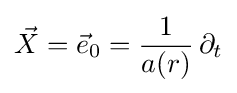
{\vec {X}}={\vec {e}}_{0}={\frac {1}{a(r)}}\,\partial _{t}